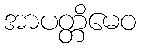
အာပတ္တိမေဝ